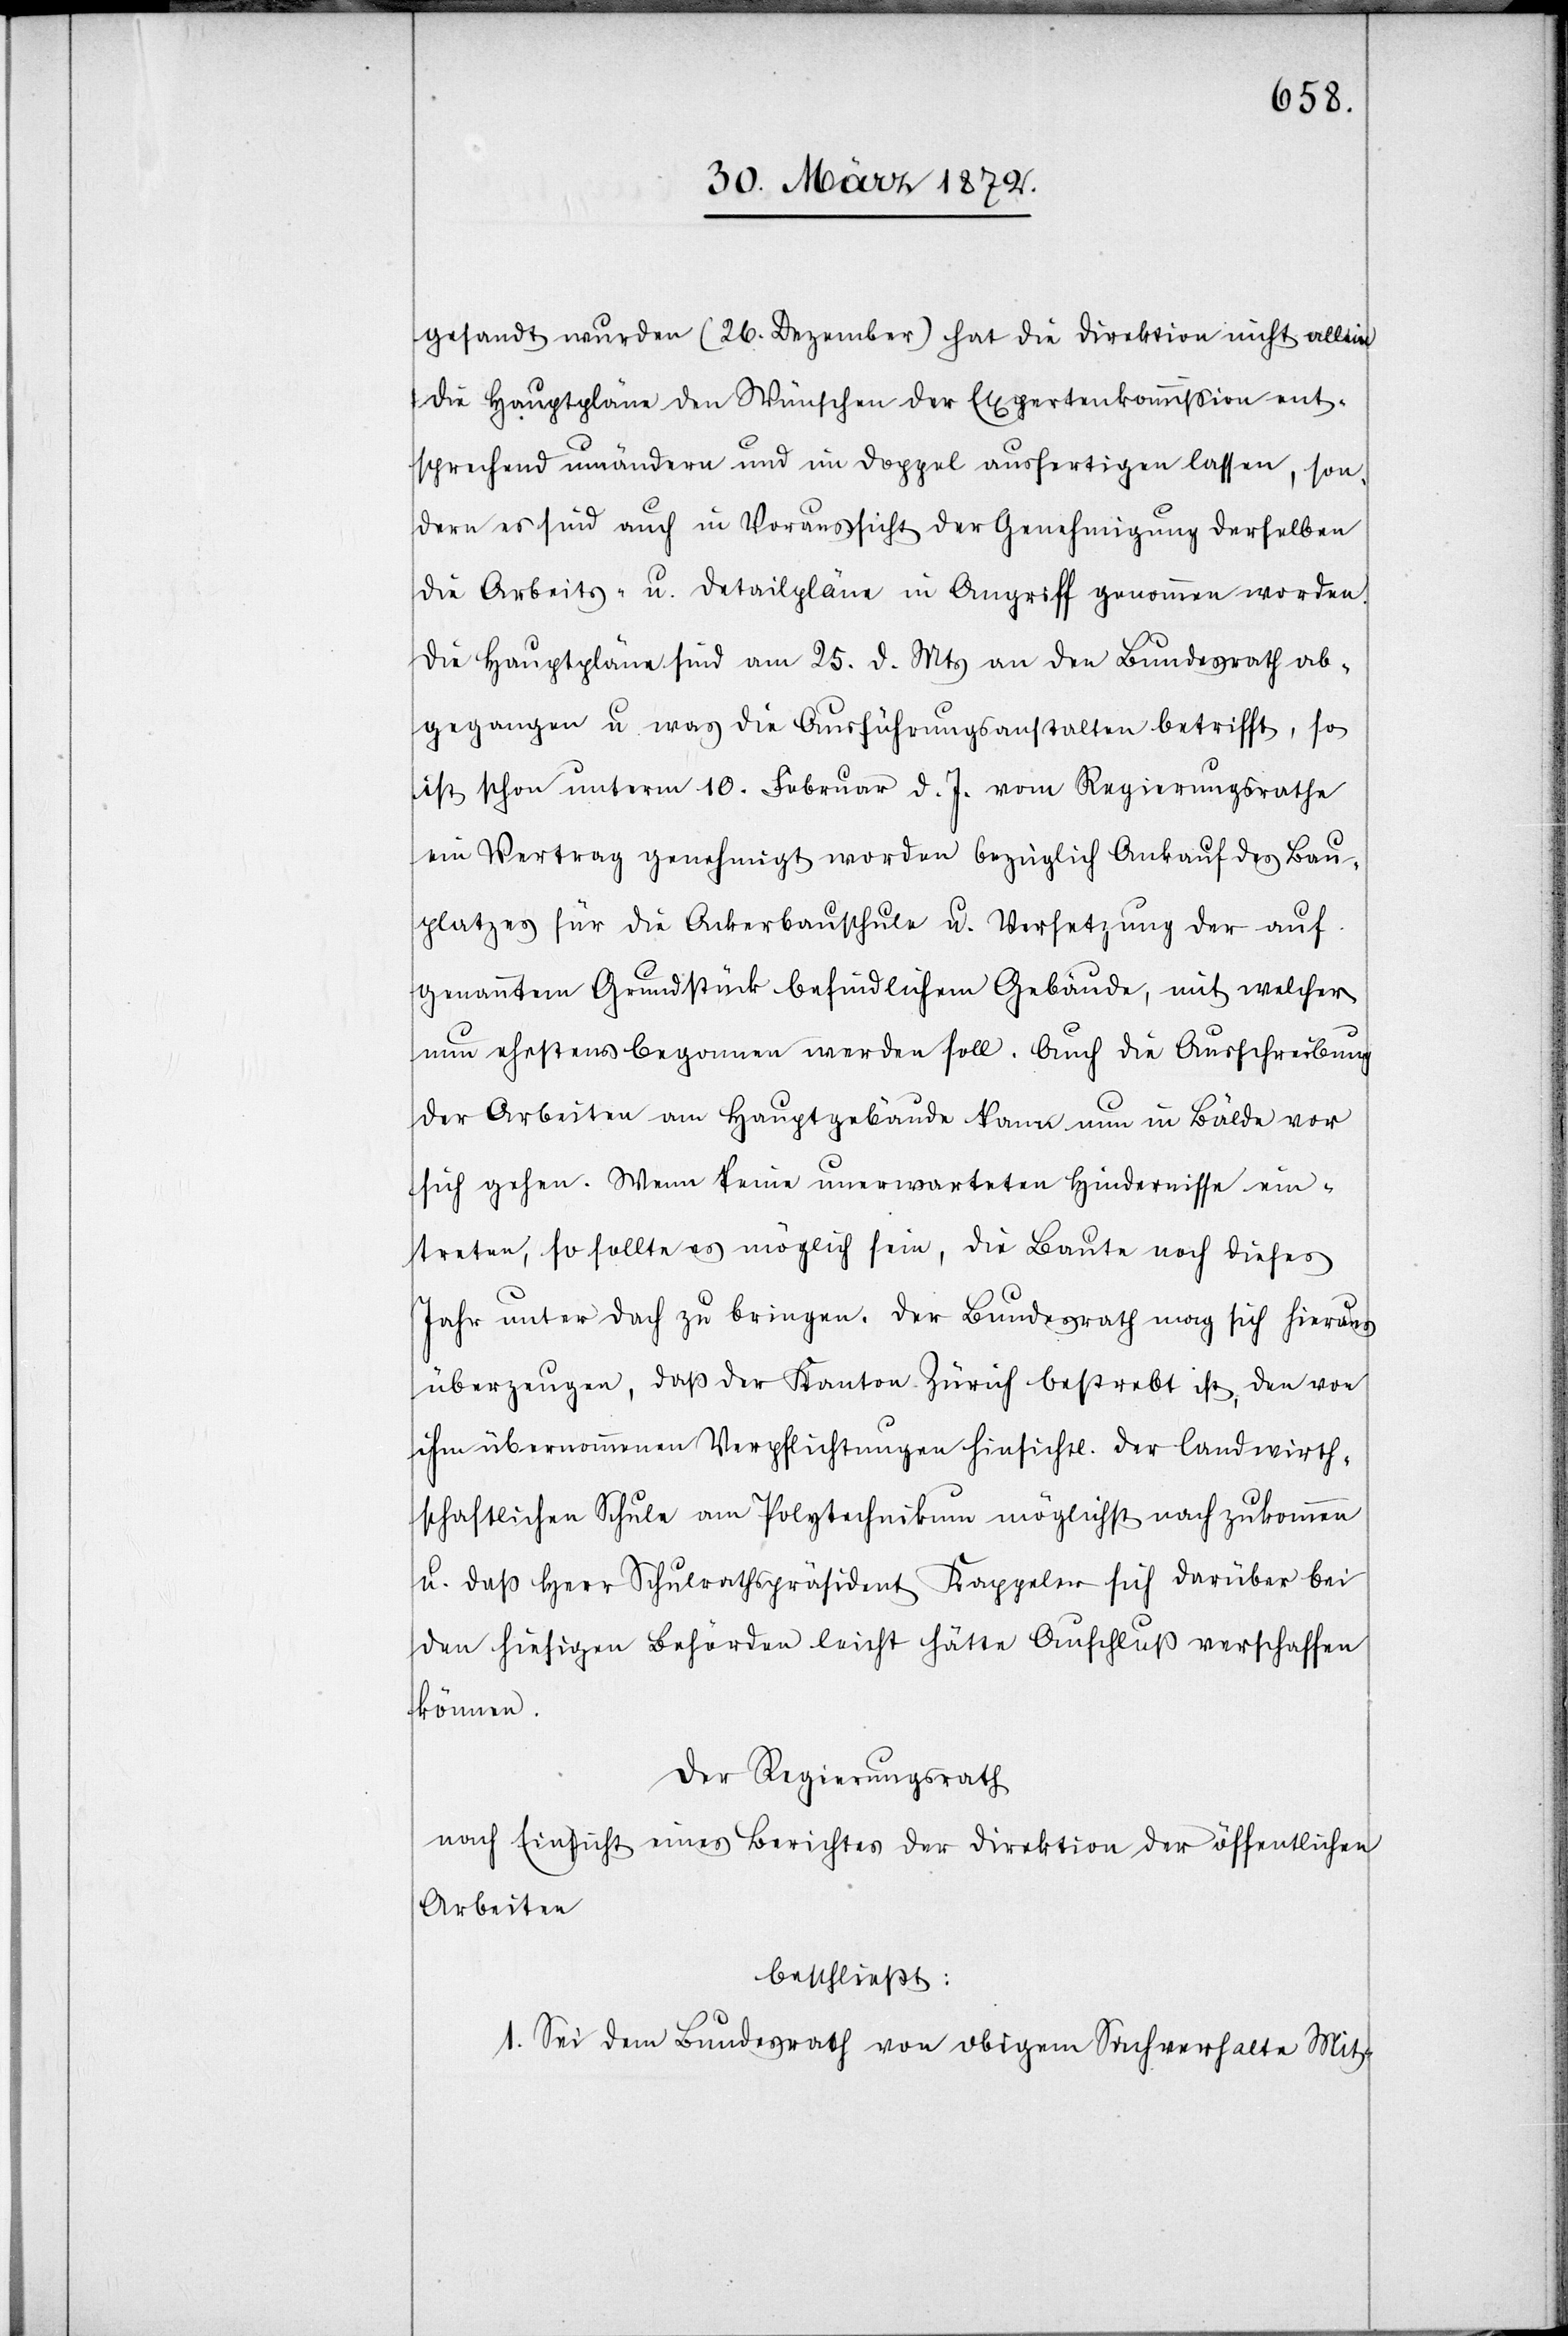
gesandt wurden (26. Dezember) hat die Direktion nicht allein
die Hauptpläne den Wünschen der Expertenkommission ent¬
sprechend umändern und im Doppel ausfertigen lassen, son¬
dern es sind auch in Voraussicht der Genehmigung derselben
die Arbeits- u. Detailpläne in Angriff genommen worden.
Die Hauptpläne sind am 25. d. Mts an den Bundesrath ab¬
gegangen u. was die Ausführungsanstalten betrifft, so
ist schon unterm 10. Februar d. J. vom Regierungsrathe
ein Vertrag genehmigt worden bezüglich Ankauf des Bau¬
platzes für die Ackerbauschule u. Versetzung der auf
genanntem Grundstück befindlichen Gebäude, mit welcher
nun ehestens begonnen werden soll. Auch die Ausschreibung
der Arbeiten am Hauptgebäude kann nun in Bälde vor
sich gehen. Wenn keine unerwarteten Hindernisse ein¬
treten, so sollte es möglich sein, die Baute noch dieses
Jahr unter Dach zu bringen. Der Bundesrath mag sich hieraus
überzeugen, daß der Kanton Zürich bestrebt ist, den von
ihm übernommenen Verpflichtungen hinsichtl. der landwirth¬
schaftlichen Schule am Polytechnikum möglichst nachzukommen
u. daß Herr Schulrathspräsident Kappeler sich darüber bei
den hiesigen Behörden leicht hätte Aufschluß verschaffen
können.
Der Regierungsrath
nach Einsicht eines Berichtes der Direktion der öffentlichen
Arbeiten
beschließt:
1. Sei dem Bundesrath von obigem Sachverhalte Mit-